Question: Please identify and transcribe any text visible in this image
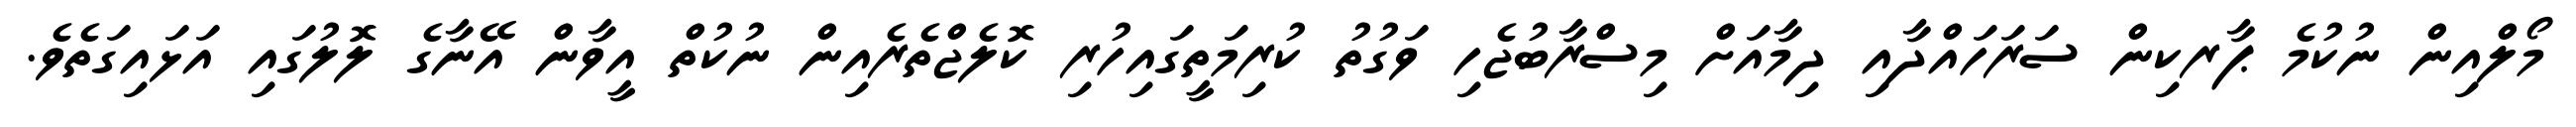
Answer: މޯލްއިން ނުކުމެ ޕާރކިން ސަރަހައްދާއި ދިމާއަށް މިސްރާބުޖެހި ވަގުތު ކުރިމަތީގައިހުރި ކޮލެޖްތެރެއިން ނުކުތް އީވާން އޭނާގެ ލޮލުގައި އަޅައިގަތެވެ.